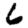
Digit: 6